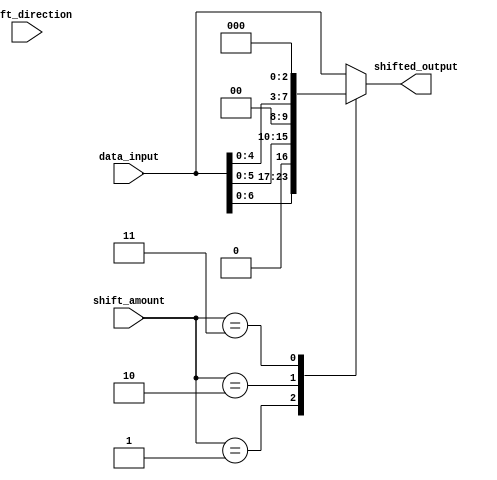
module SparseBarrelShifter (
    input wire [7:0] data_input,
    input wire [2:0] shift_amount,
    input wire shift_direction,
    output reg [7:0] shifted_output
);

reg [7:0] stage0_output;
reg [7:0] stage1_output;
reg [7:0] stage2_output;
reg [7:0] stage3_output;

always @(*) begin
    case(shift_amount)
        3'b000: begin
            stage0_output = data_input;
            stage1_output = stage0_output;
            stage2_output = stage1_output;
            stage3_output = stage2_output;
        end
        3'b001: begin
            stage0_output = data_input << 1;
            stage1_output = stage0_output;
            stage2_output = stage1_output;
            stage3_output = stage2_output;
        end
        3'b010: begin
            stage0_output = data_input << 2;
            stage1_output = stage0_output;
            stage2_output = stage1_output;
            stage3_output = stage2_output;
        end
        3'b011: begin
            stage0_output = data_input << 3;
            stage1_output = stage0_output;
            stage2_output = stage1_output;
            stage3_output = stage2_output;
        end
        default: begin
            stage0_output = data_input;
            stage1_output = stage0_output;
            stage2_output = stage1_output;
            stage3_output = stage2_output;
        end
    endcase
    
    if(shift_direction)
        shifted_output = stage3_output;
    else
        shifted_output = stage0_output;
end

endmodule